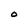
Character: O